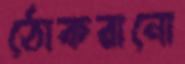
ঠোকরানো